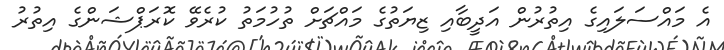
އެ މައްސަލައިގެ އިތުރުން އަދީބާއި ޒިޔަތުގެ މައްޗަށް ތުހުމަތު ކުރެވޭ ކޮރަޕްޝަންގެ އިތުރު